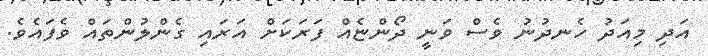
އަދި މިއަދު ހެނދުނު ވެސް ވަނީ ދޯންޏެއް ފަރަކަށް އަރައި ގެންލުންތައް ވެފައެވެ.